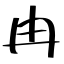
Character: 冉